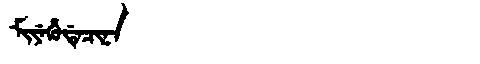
Manchu: ᠮᡳᠶᡝᡥᡠᡩᡝᠴᡳᠨᠠ
Romanization: MIYEHUDECINA